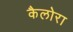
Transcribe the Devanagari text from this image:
कैलोरा